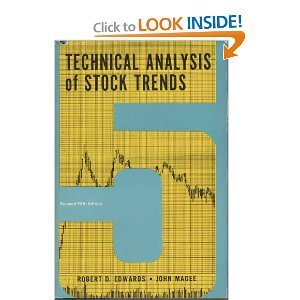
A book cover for Technical analysis of stock trends; Robert D Edwards; Business & Money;